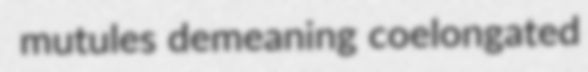
mutules demeaning coelongated